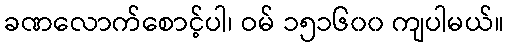
ခဏလောက်စောင့်ပါ၊ ဝမ် ၁၅၁၆၀၀ ကျပါမယ်။